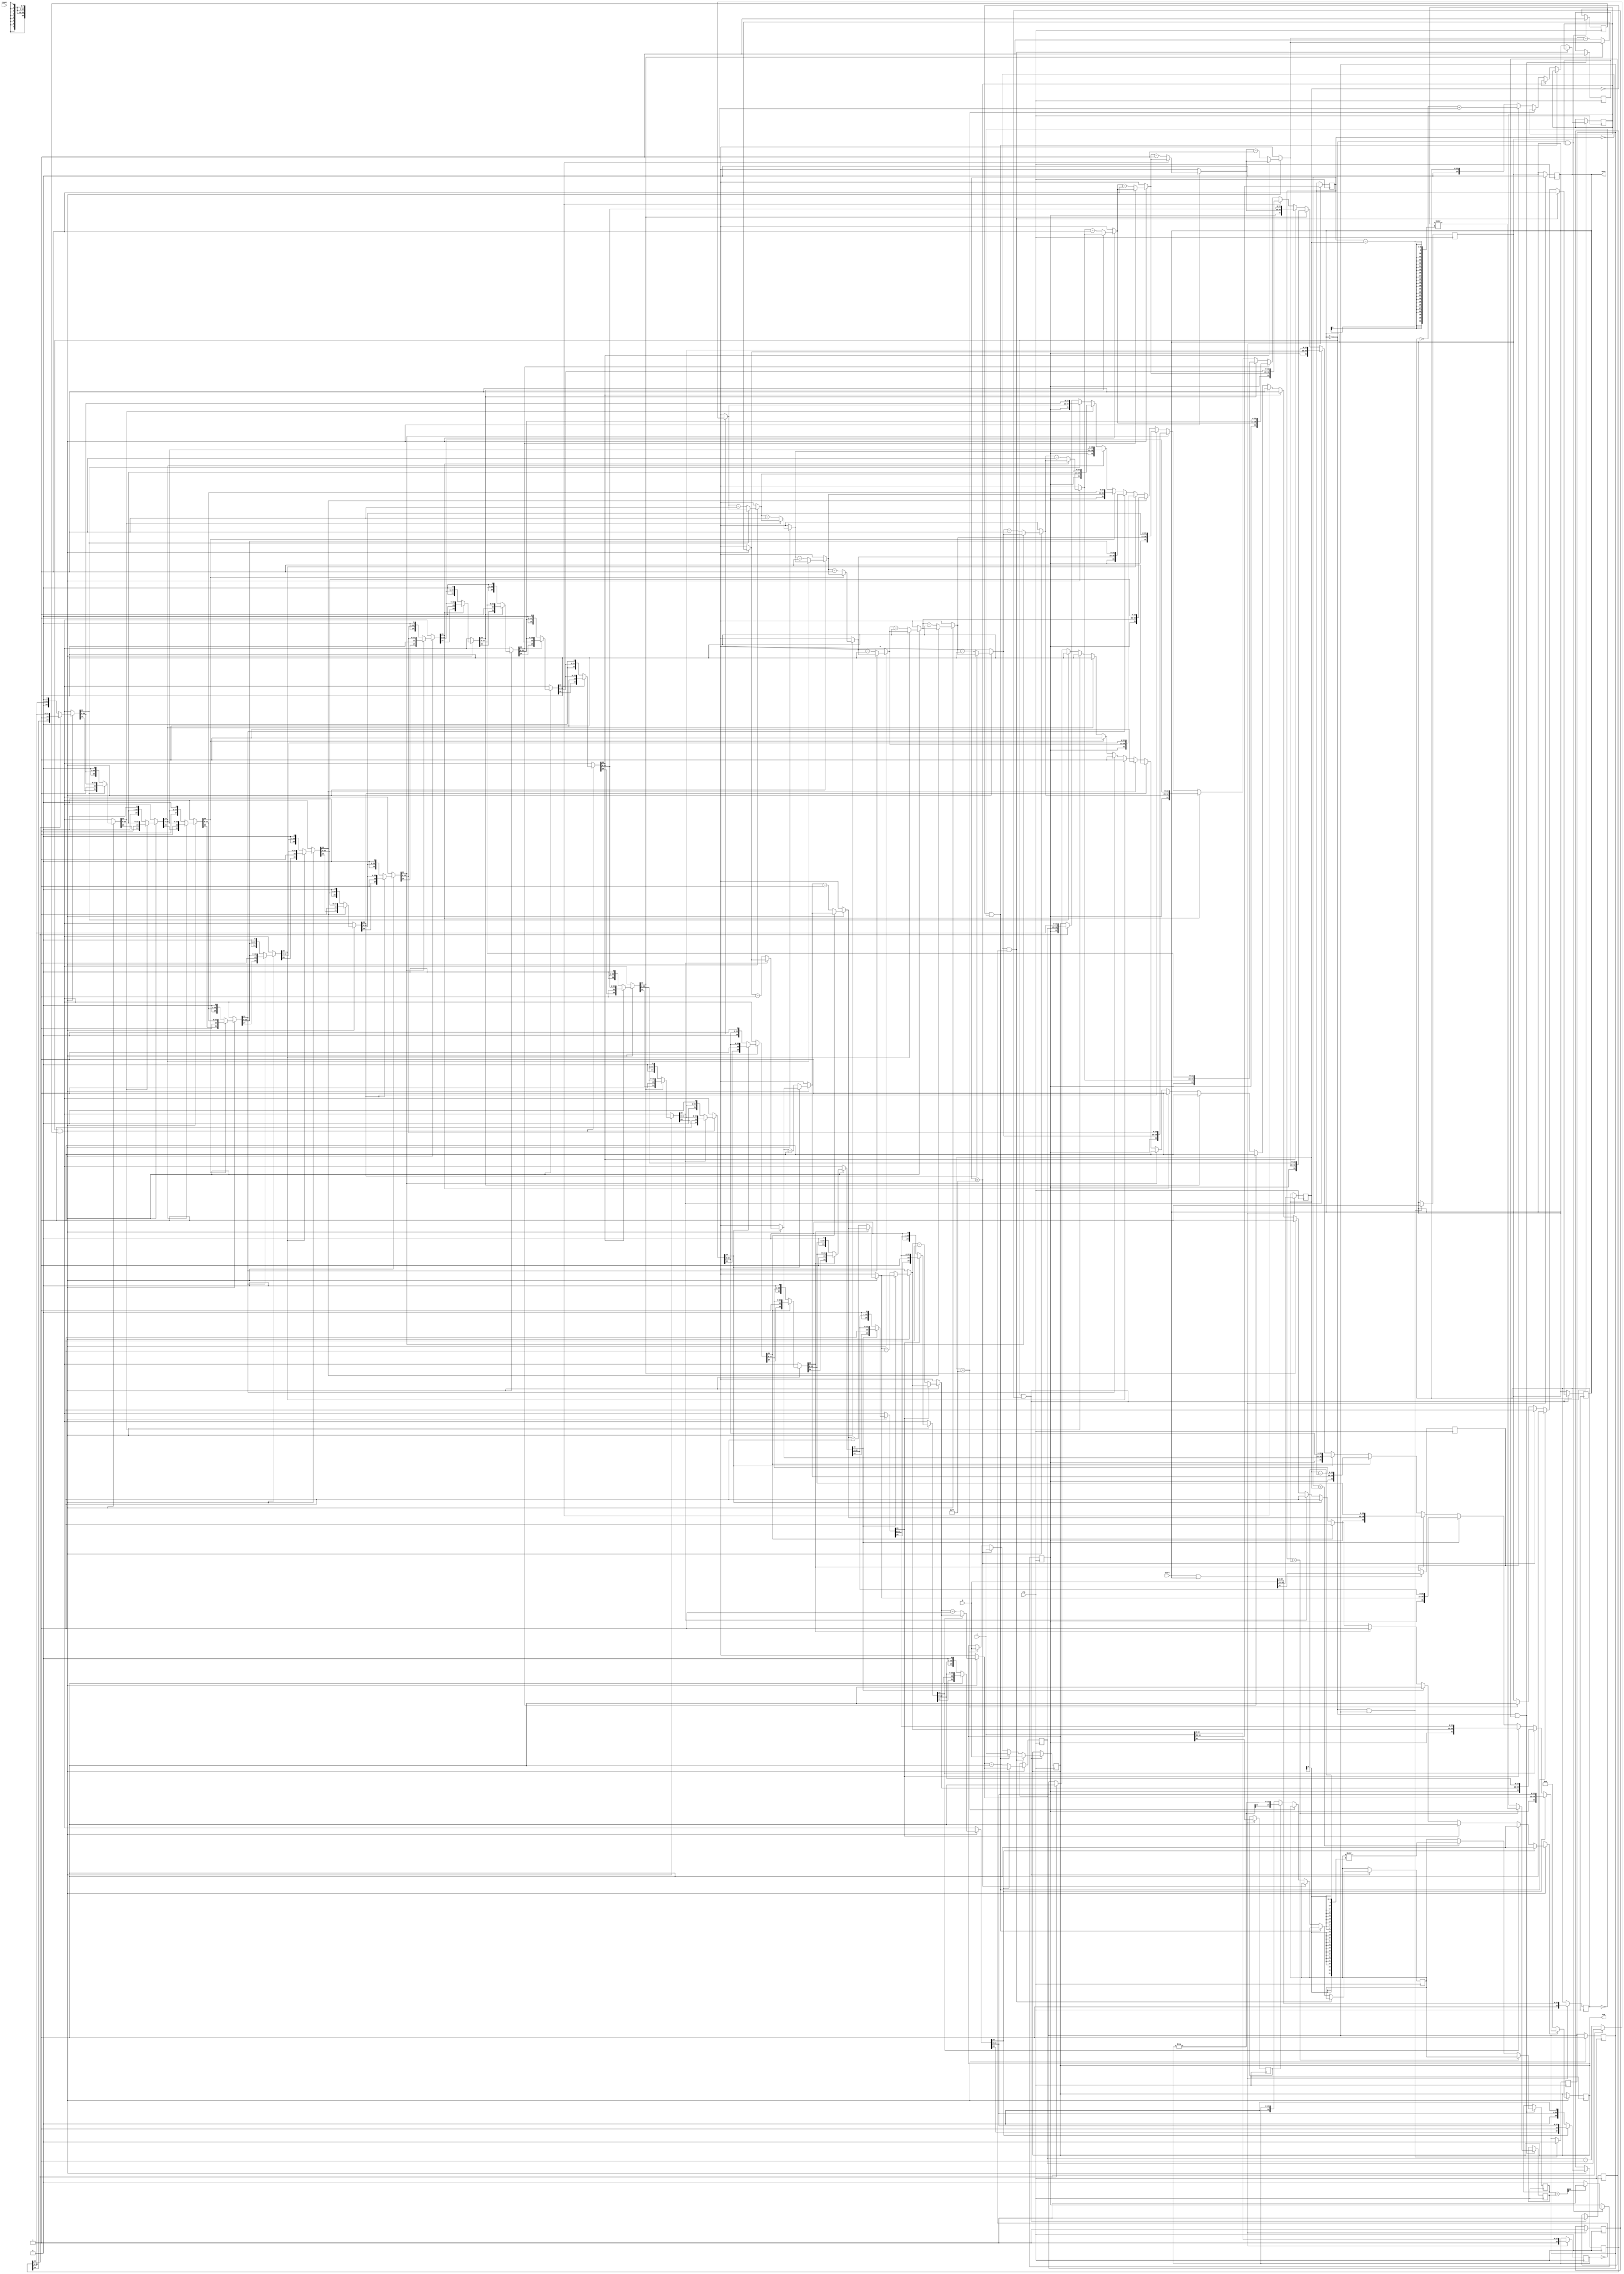
/* 
    Author: Jnaneswara Rao Rompilli
    Comments: The Code is passing all test cases if change line 43 in testbench from "#1 start = 1" to "#40 start = 1"
*/


module fpadd(a, b, clk, start, reset, sum, done) ;

    input [31:0] a, b ;
    input clk, start, reset ;

    output reg [31:0] sum ;
    output reg done = 1;

    reg sign_a, sign_b ;
    reg [7:0] exp_a, exp_b ;
    reg [23:0] mant_a, mant_b ;
    reg [24:0] s_mant_a, s_mant_b ;

    reg [7:0] eq_expr ;
    reg [24:0] eq_manta, eq_mantb ;

    reg extract_done = 0 ;
    reg sign_extend = 0 ;
    reg equalize_done = 0 ;
    reg get_sign = 0 ;
    reg normalize_done = 0 ;

    reg [25:0] temp ;
    reg [25:0] ad_mantr ;
    reg [7:0] ad_expr ;

    reg sign_res ;
    reg [7:0] exp_res ;
    reg [24:0] mant_res ;

    reg [31:0] ediff ;

    reg [5:0] count = 0 ;

    always @(posedge clk)
    begin
        if(start == 1 && done == 1) 
        begin
            done <= 0 ;
            exp_a <= a[30:23] ;
            exp_b <= b[30:23] ;
            mant_a <= {1'b1, a[22:0]} ;
            mant_b <= {1'b1, b[22:0]} ;
            sign_a <= a[31:31] ;
            sign_b <= b[31:31] ;
            extract_done <= 1 ;
            // #1 ;
        end
        // #50 ;
    end
    
    always @(posedge clk)
    begin
        if(done == 0 && extract_done == 1) 
        begin
            if ((exp_a == 0) && (mant_a == 0))
            begin
                sum <= b ;
                done <= 1 ;
                sign_extend = 1 ;
            end else if((exp_b == 0) && (mant_b == 0))
            begin
                sum <= a ;
                done <= 1 ;
                sign_extend = 1 ;
            end else if(exp_a == 'hFF) 
            begin
                sum <= a ;
                done <= 1 ;
                sign_extend = 1 ;
            end else if(exp_b == 'hFF)
            begin
                sum <= b ;
                done <= 1 ;
                sign_extend <= 1 ;
            end else begin
                if(sign_a)
                begin
                    s_mant_a = $signed(-mant_a) ;
                    sign_extend = 1 ;
                end else
                begin
                    s_mant_a = {1'b0, mant_a} ;
                    sign_extend = 1 ;
                end

                if(sign_b)
                begin
                    s_mant_b = ~({1'b0, mant_b}) + 1'b1 ;
                    sign_extend = 1 ;
                end else
                begin
                    s_mant_b = {1'b0, mant_b} ;
                    sign_extend = 1 ;
                end
            end
            
            // extract_done <= 0 ;
            // $display("Signed: %b %b", s_mant_a, s_mant_b) ;
        end
    end

    always @(posedge clk)
    begin

        if(done == 0 && sign_extend == 1)
        // exp_a = exp_a - 127 ;
        // exp_b = exp_b - 127 ;
        begin
            if(exp_a > exp_b)
            begin
                ediff = exp_a - exp_b ;
                eq_expr = exp_a ;
                eq_mantb = s_mant_b >>> ediff ;
                eq_manta = s_mant_a ;
                equalize_done = 1 ;
            end else if(exp_a < exp_b) 
            begin
                ediff = exp_b - exp_a ;
                eq_expr = exp_b ;
                eq_manta = s_mant_a >>> ediff ;
                eq_mantb = s_mant_b ;
                equalize_done = 1 ;
            end else
            begin
                ediff = 0 ;
                eq_expr = exp_a ;
                eq_manta = s_mant_a ;
                eq_mantb = s_mant_b ;
                equalize_done = 1 ;
            end
            
            // sign_extend <= 0 ;
            // $display($time, ": Mantissa %b %b %b %d", eq_manta, eq_mantb, eq_expr, ediff) ;
            // done <= 1 ;
        end
    end

    always @(posedge clk)
    begin
        if(done == 0 && equalize_done == 1)
        begin
            temp = $signed(eq_manta + eq_mantb) ;
            // $display($time, " %b", temp) ;
            if(temp[24] == 1)
            begin
                sign_res <= 1 ;
                ad_mantr = ~({1'b0, temp}) + 1'b1 ;
                ad_expr = eq_expr ;
                get_sign = 1 ;
                // $display($time, " Add: %b", ad_mantr) ;
            end
            else
            begin
                get_sign <= 1 ;
                sign_res <= 0 ;
                ad_mantr = temp ;
                ad_expr = eq_expr ;
            end
           
            // equalize_done <= 0 ;
            // done <= 1 ;
            //  $display($time, ": Addition %b %b %b", eq_manta, eq_mantb, ad_mantr) ;
        end
       
    end

    always @(posedge clk)
    begin
        if(done == 0 && get_sign == 1)
        begin
            // #50;
            mant_res <= ad_mantr[23:0] ;
            // $display($time, " Mant: %b %b", eq_expr, ad_mantr) ;
            exp_res <= ad_expr ;
            repeat(24)
                begin
                    if(mant_res[23] == 0)
                    begin
                        // $display("Hi") ;
                        mant_res = mant_res << 1 ;
                        exp_res = exp_res - 1 ;
                    end else
                    begin
                        // $display("Hey") ;
                        sum = {sign_res, exp_res, mant_res[22:0]} ;
                        normalize_done = 1 ;
                        // #50 ;
                    end
                end
            if (normalize_done == 0)
            begin
                // $display("hello") ;
                sum = 0 ;
                normalize_done = 1 ;
            end
            
            // $display($time, ": Result %X", sum) ;
        end
    end

    always @(posedge clk)
    begin
        if(done == 0 && normalize_done == 1)
        begin
            done <= 1 ;
            normalize_done = 0 ;
            // normalize_done = 0 ;
        end
    end
endmodule